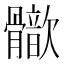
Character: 𩪢